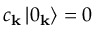
c _ { \mathbf { k } } \left| 0 _ { \mathbf { k } } \right\rangle = 0